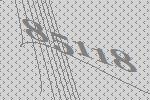
85118